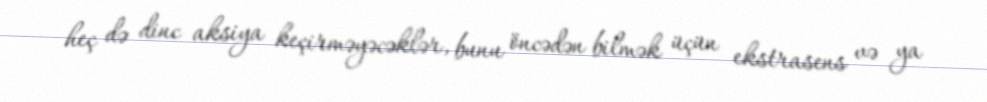
heç də dinc aksiya keçirməyəcəklər, bunu öncədən bilmək üçün ekstrasens və ya